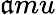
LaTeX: \mathfrak{a}mu